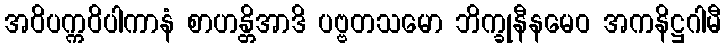
အဝိပက္ကဝိပါကာနံ စာဟန္တိအာဒိ ပဗ္ဗတသမော ဘိက္ခုနီနမေဝ အကနိဋ္ဌဂါမီ